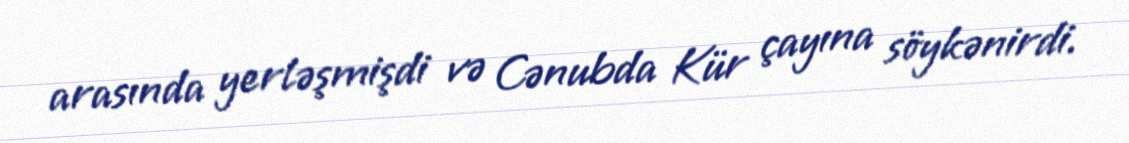
arasında yerləşmişdi və Cənubda Kür çayına söykənirdi.